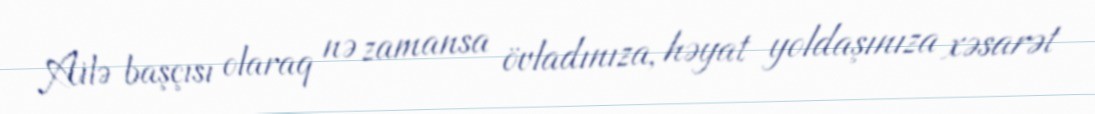
Ailə başçısı olaraq nə zamansa övladınıza, həyat yoldaşınıza xəsarət